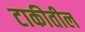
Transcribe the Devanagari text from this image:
टाकीतील